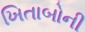
ખિતાબોની